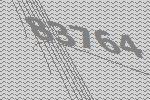
83764